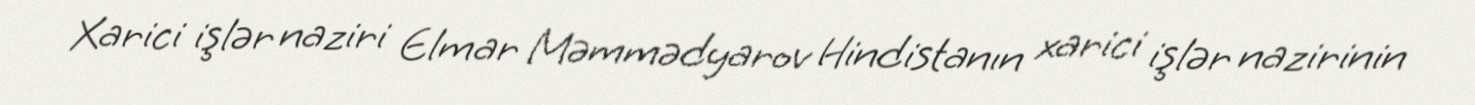
Xarici işlər naziri Elmar Məmmədyarov Hindistanın xarici işlər nazirinin